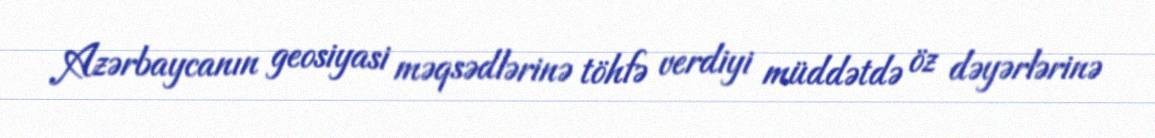
Azərbaycanın geosiyasi məqsədlərinə töhfə verdiyi müddətdə öz dəyərlərinə